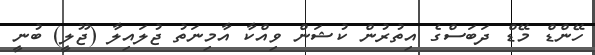
ހޭންޑް މޭޑް ދަބަސްގެ އިތުރުން ކުޝަން ވިއްކާ އާމިނަތު ޖުލައިލާ (ޖޫލީ) ބުނީ